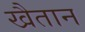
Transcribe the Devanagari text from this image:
खैतान